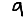
Digit: 9